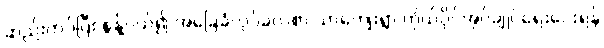
ဆည်းကပ်ပြီး စွန့်ပယ်၍ အခြေခံလုပ်ခလစာ သာကျေးရွာ ကိုယ်ပိုင်အုပ်ချုပ်ရေးပေးရန်